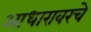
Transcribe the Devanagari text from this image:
आधारावरचे